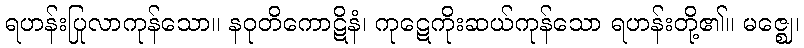
ရဟန်းပြုလာကုန်သော။ နဝုတိကောဋိနံ၊ ကုဋေကိုးဆယ်ကုန်သော ရဟန်းတို့၏။ မဇ္ဈေ၊